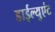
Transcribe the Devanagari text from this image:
डाईल्युएंट